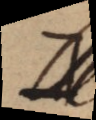
e